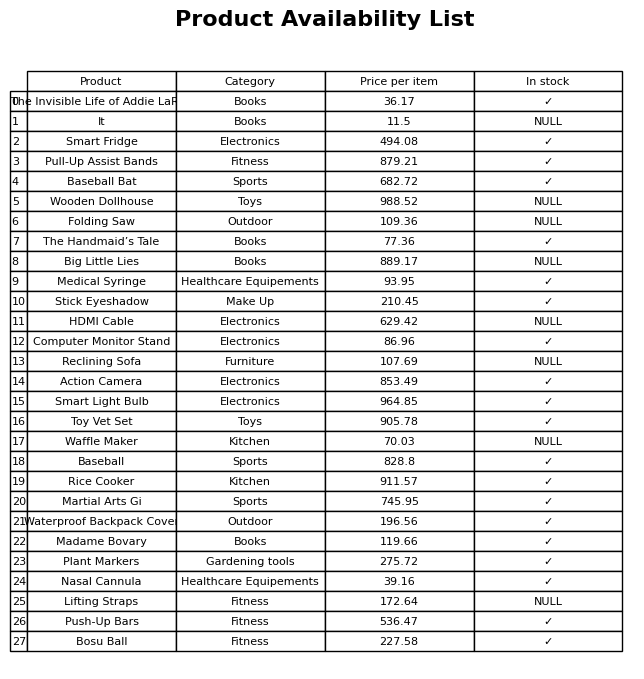
question: What is the price of the Computer Monitor Stand?
answer: The price of Computer Monitor Stand is 86.96.